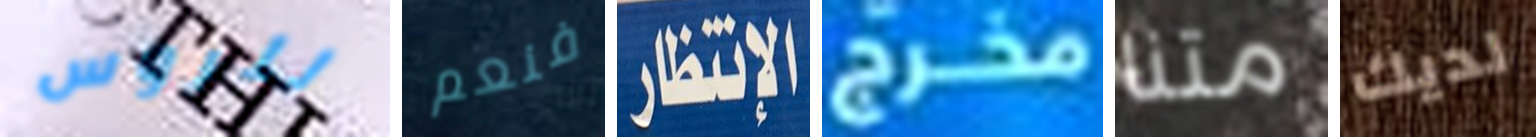
للروس فنعم الإنتظار مخرج متنا لديك